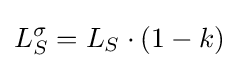
L_{S}^{\sigma }=L_{S}\cdot {(1-k)}